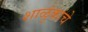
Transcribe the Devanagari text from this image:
शाळुंकांचे